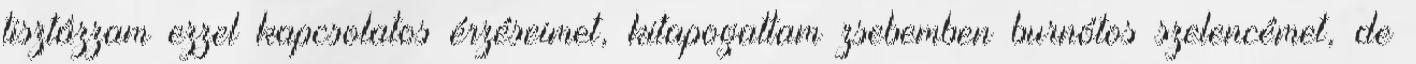
tisztázzam ezzel kapcsolatos érzéseimet, kitapogattam zsebemben burnótos szelencémet, de